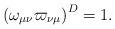
LaTeX: \begin{align*}\left( \omega _{\mu\nu}\varpi _{\nu\mu}\right) ^{D}=1.\end{align*}